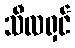
သီလရှင်